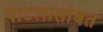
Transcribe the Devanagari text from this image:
पाटलासोबत